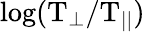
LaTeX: \mathrm{log(T_{\perp}/T_{||})}